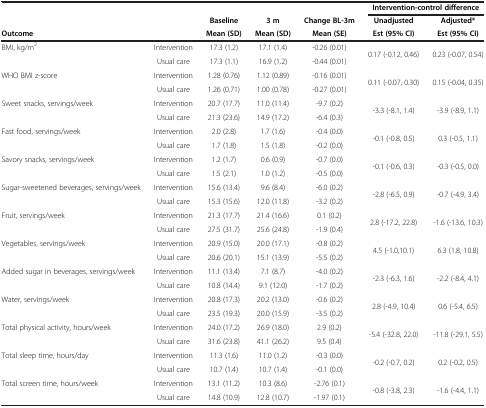
<table><thead><tr><td><b> </b></td><td><b> </b></td><td><b> </b></td><td><b> </b></td><td><b> </b></td><td colspan="2"><b>Intervention-control difference</b></td></tr><tr><td><b> </b></td><td><b> </b></td><td><b>Baseline</b></td><td><b>3 m</b></td><td><b>Change BL-3m</b></td><td><b>Unadjusted</b></td><td><b>Adjusted*</b></td></tr><tr><td><b>Outcome</b></td><td><b> </b></td><td><b>Mean (SD)</b></td><td><b>Mean (SD)</b></td><td><b>Mean (SE)</b></td><td><b>Est (95% CI)</b></td><td><b>Est (95% CI)</b></td></tr></thead><tbody><tr><td rowspan="2">BMI, kg/m<sup>2</sup></td><td>Intervention</td><td>17.3 (1.2)</td><td>17.1 (1.4)</td><td>-0.26 (0.01)</td><td rowspan="2">0.17 (-0.12, 0.46)</td><td rowspan="2">0.23 (-0.07, 0.54)</td></tr><tr><td>Usual care</td><td>17.3 (1.1)</td><td>16.9 (1.2)</td><td>-0.44 (0.01)</td></tr><tr><td rowspan="2">WHO BMI z-score</td><td>Intervention</td><td>1.28 (0.76)</td><td>1.12 (0.89)</td><td>-0.16 (0.01)</td><td rowspan="2">0.11 (-0.07, 0.30)</td><td rowspan="2">0.15 (-0.04, 0.35)</td></tr><tr><td>Usual care</td><td>1.26 (0.71)</td><td>1.00 (0.78)</td><td>-0.27 (0.01)</td></tr><tr><td rowspan="2">Sweet snacks, servings/week</td><td>Intervention</td><td>20.7 (17.7)</td><td>11.0 (11.4)</td><td>-9.7 (0.2)</td><td rowspan="2">-3.3 (-8.1, 1.4)</td><td rowspan="2">-3.9 (-8.9, 1.1)</td></tr><tr><td>Usual care</td><td>21.3 (23.6)</td><td>14.9 (17.2)</td><td>-6.4 (0.3)</td></tr><tr><td rowspan="2">Fast food, servings/week</td><td>Intervention</td><td>2.0 (2.8)</td><td>1.7 (1.6)</td><td>-0.4 (0.0)</td><td rowspan="2">-0.1 (-0.8, 0.5)</td><td rowspan="2">0.3 (-0.5, 1.1)</td></tr><tr><td>Usual care</td><td>1.7 (1.8)</td><td>1.5 (1.8)</td><td>-0.2 (0.0)</td></tr><tr><td rowspan="2">Savory snacks, servings/week</td><td>Intervention</td><td>1.2 (1.7)</td><td>0.6 (0.9)</td><td>-0.7 (0.0)</td><td rowspan="2">-0.1 (-0.6, 0.3)</td><td rowspan="2">-0.3 (-0.5, 0.0)</td></tr><tr><td>Usual care</td><td>1.5 (2.1)</td><td>1.0 (1.2)</td><td>-0.5 (0.0)</td></tr><tr><td rowspan="2">Sugar-sweetened beverages, servings/week</td><td>Intervention</td><td>15.6 (13.4)</td><td>9.6 (8.4)</td><td>-6.0 (0.2)</td><td rowspan="2">-2.8 (-6.5, 0.9)</td><td rowspan="2">-0.7 (-4.9, 3.4)</td></tr><tr><td>Usual care</td><td>15.3 (15.6)</td><td>12.0 (11.8)</td><td>-3.2 (0.2)</td></tr><tr><td rowspan="2">Fruit, servings/week</td><td>Intervention</td><td>21.3 (17.7)</td><td>21.4 (16.6)</td><td>0.1 (0.2)</td><td rowspan="2">2.8 (-17.2, 22.8)</td><td rowspan="2">-1.6 (-13.6, 10.3)</td></tr><tr><td>Usual care</td><td>27.5 (31.7)</td><td>25.6 (24.8)</td><td>-1.9 (0.4)</td></tr><tr><td rowspan="2">Vegetables, servings/week</td><td>Intervention</td><td>20.9 (15.0)</td><td>20.0 (17.1)</td><td>-0.8 (0.2)</td><td rowspan="2">4.5 (-1.0,10.1)</td><td rowspan="2">6.3 (1.8, 10.8)</td></tr><tr><td>Usual care</td><td>20.6 (20.1)</td><td>15.1 (13.9)</td><td>-5.5 (0.2)</td></tr><tr><td rowspan="2">Added sugar in beverages, servings/week</td><td>Intervention</td><td>11.1 (13.4)</td><td>7.1 (8.7)</td><td>-4.0 (0.2)</td><td rowspan="2">-2.3 (-6.3, 1.6)</td><td rowspan="2">-2.2 (-8.4, 4.1)</td></tr><tr><td>Usual care</td><td>10.8 (14.4)</td><td>9.1 (12.0)</td><td>-1.7 (0.2)</td></tr><tr><td rowspan="2">Water, servings/week</td><td>Intervention</td><td>20.8 (17.3)</td><td>20.2 (13.0)</td><td>-0.6 (0.2)</td><td rowspan="2">2.8 (-4.9, 10.4)</td><td rowspan="2">0.6 (-5.4, 6.5)</td></tr><tr><td>Usual care</td><td>23.5 (19.3)</td><td>20.0 (15.9)</td><td>-3.5 (0.2)</td></tr><tr><td rowspan="2">Total physical activity, hours/week</td><td>Intervention</td><td>24.0 (17.2)</td><td>26.9 (18.0)</td><td>2.9 (0.2)</td><td rowspan="2">-5.4 (-32.8, 22.0)</td><td rowspan="2">-11.8 (-29.1, 5.5)</td></tr><tr><td>Usual care</td><td>31.6 (23.8)</td><td>41.1 (26.2)</td><td>9.5 (0.4)</td></tr><tr><td rowspan="2">Total sleep time, hours/day</td><td>Intervention</td><td>11.3 (1.6)</td><td>11.0 (1.2)</td><td>-0.3 (0.0)</td><td rowspan="2">-0.2 (-0.7, 0.2)</td><td rowspan="2">0.2 (-0.2, 0.5)</td></tr><tr><td>Usual care</td><td>10.7 (1.4)</td><td>10.7 (1.4)</td><td>-0.1 (0.0)</td></tr><tr><td rowspan="2">Total screen time, hours/week</td><td>Intervention</td><td>13.1 (11.2)</td><td>10.3 (8.6)</td><td>-2.76 (0.1)</td><td rowspan="2">-0.8 (-3.8, 2.3)</td><td rowspan="2">-1.6 (-4.4, 1.1)</td></tr><tr><td>Usual care</td><td>14.8 (10.9)</td><td>12.8 (10.7)</td><td>-1.97 (0.1)</td></tr></tbody></table>